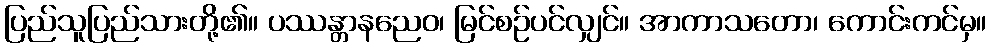
ပြည်သူပြည်သားတို့၏။ ပဿန္တာနညေဝ၊ မြင်စဉ်ပင်လျှင်။ အာကာသတော၊ ကောင်းကင်မှ။